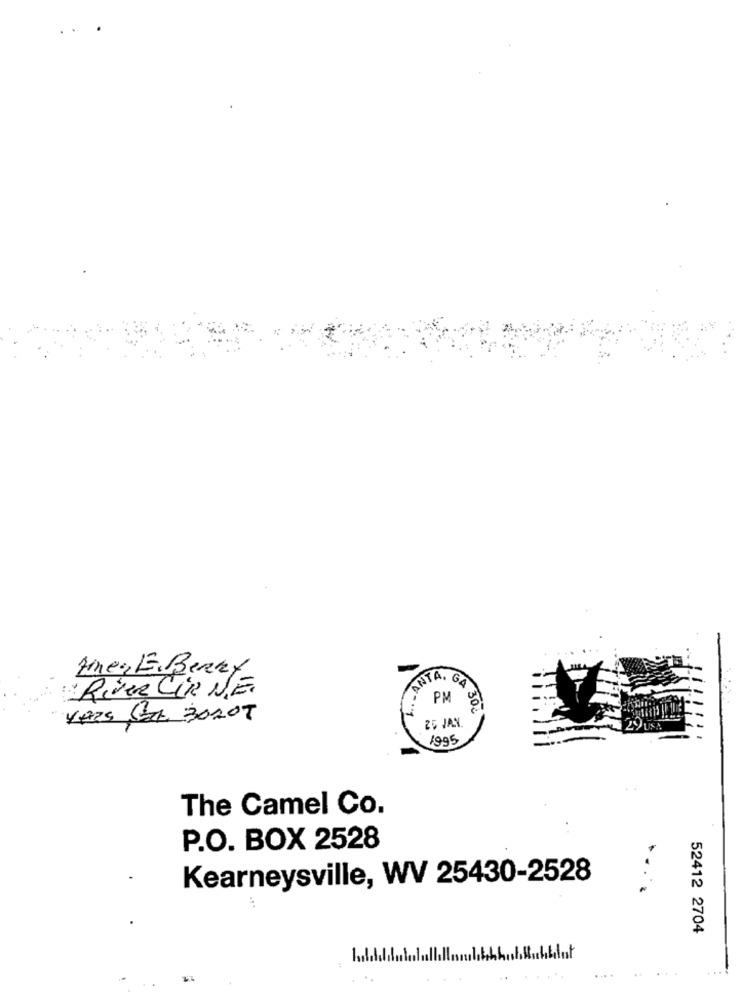
Ainer E.Berry
AATA, GA
: RivER CIR NE.
PM
30
YAIS Sar 3020T
25 JAN
1995
The Camel Co.
P.O. BOX 2528
Kearneysville, WV 25430-2528
52412 2704
lut
. ...
...
...
..